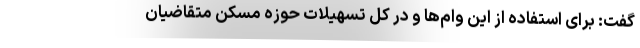
گفت: برای استفاده از این وام‌ها و در کل تسهیلات حوزه مسکن متقاضیان